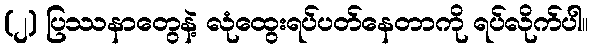
(၂) ပြဿနာတွေနဲ့ လုံထွေးရပ်ပတ်နေတာကို ရပ်လိုက်ပါ။